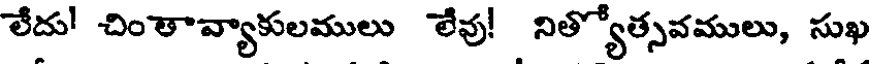
లేదు! చింతావ్యాకులములు లేవు! నిత్యోత్సవములు, సుఖ